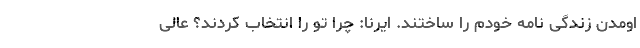
اومدن زندگی نامه خودم را ساختند. ایرنا: چرا تو را انتخاب کردند؟ عالی